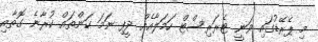
މި ޕެރޭޑުގައި ވަނީ ޓެރަރިސްޓް ހަމަލާއެއް ދީފި ނަމަ ކަންތައް ކުރާނެ ގޮތާއި